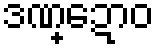
ဒဏ္ဍောဝ